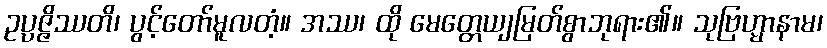
ဥပ္ပဇ္ဇိဿတိ၊ ပွင့်တော်မူလတံ့။ အဿ၊ ထို မေတ္တေယျမြတ်စွာဘုရား၏။ သုဗြဟ္မာနာမ၊